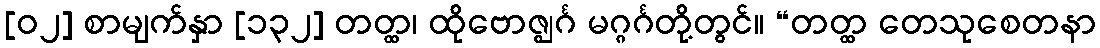
[၀၂] စာမျက်နှာ [၁၃၂] တတ္ထ၊ ထိုဗောဇ္ဈင်္ဂ မဂ္ဂင်္ဂတို့တွင်။ “တတ္ထ တေသုစေတနာ